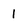
Character: 1